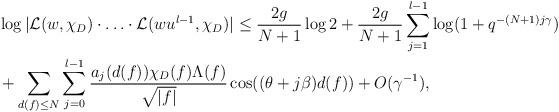
LaTeX: \begin{align*}& \log | \mathcal{L}(w,\chi_D) \cdot \ldots \cdot \mathcal{L}(wu^{l-1},\chi_D) | \leq \frac{2g}{N+1} \log 2 + \frac{2g}{N+1} \sum_{j=1}^{l-1} \log (1+q^{-(N+1) j \gamma})\\& + \sum_{d(f) \leq N} \sum_{j=0}^{l-1} \frac{ a_j(d(f)) \chi_D(f) \Lambda(f)}{\sqrt{|f|}} \cos((\theta+j \beta)d(f)) + O (\gamma^{-1}),\end{align*}